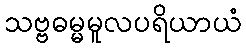
သဗ္ဗဓမ္မမူလပရိယာယံ